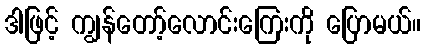
ဒါဖြင့် ကျွန်တော့်လောင်းကြေးကို ပြောမယ်။